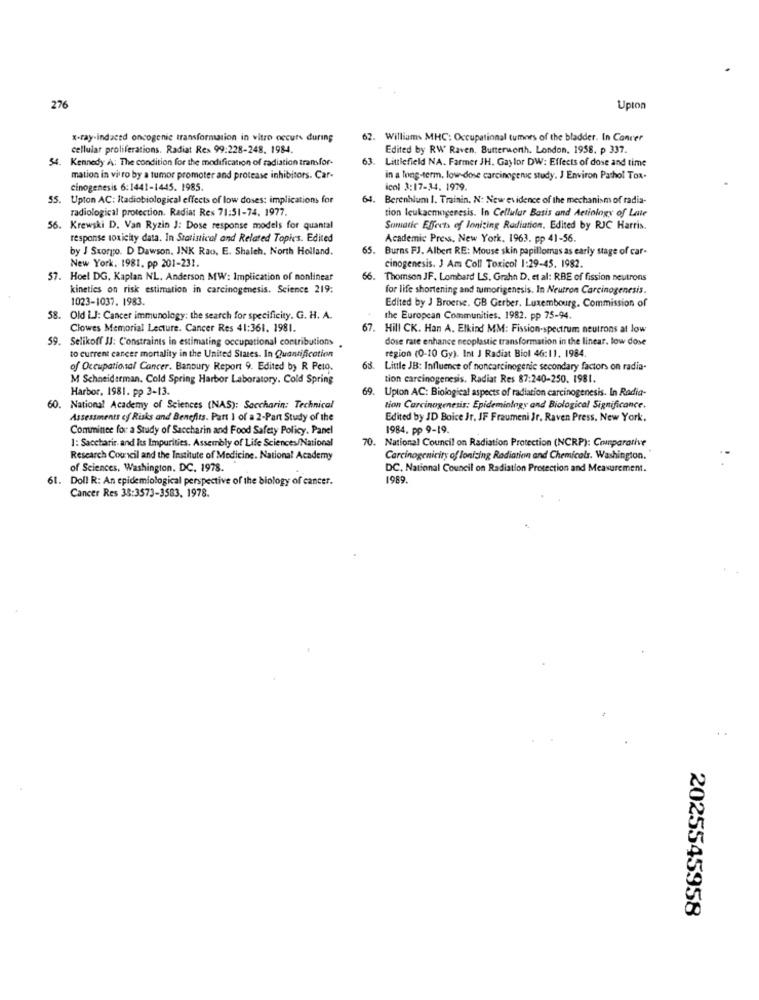
276
Upton
x-ray-induced oncogenic transformation in vitro occurs during
62. Williams MHC: Occupational tumors of the bladder. In Concer
cellular proliferations. Radiat Rex 99:228-248. 1984.
Edited by RW Raven, Butterworth. London, 1958. p 337.
54. Kennedy A: The condition for the modification of radiation transfor-
63.
Littlefield NA. Farmer JH. Gaylor DW: Effects of dose and time
mation in vitro by a tumor promoter and protease inhibitors. Car-
in a long-term, low-dose carcinogenic study. J Environ Pathol Tox.
cinogenesis 6:1441-1445. 1985.
icol 3:17-34. 1979.
55. Upton AC: Radiobiological effects of low doses: implications for
64.
Berenhlum I. Trainin. N: New evidence of the mechanism of radia-
radiological protection. Radiat Res 71:51-74. 1977.
tion leukacmogenesis. In Cellular Basis and Actiology of Late
56. Krewski D. Van Ryzin J: Dose response models for quantal
Somatic Effects of Ionizing Radiation, Edited by RJC Harris.
response toxicity data. In Statistical and Related Topics. Edited
Academic Press, New York. 1963. pp 41-56.
by J Storo. D Dawson, JNK Rao. E. Shaich, North Holland.
65.
Burns FJ. Albert RE: Mouse skin papillomas as early stage of car-
cinogenesis. J Am Coll Toxicol 1:29-45. 1982.
New York. 1981. pp 201-231.
57. Hoel DG. Kaplan NL. Anderson MW: Implication of nonlinear
66.
Thomson JF. Lombard LS, Grahn D. et al: RBE of fission neutrons
kinetics on risk estimation in carcinogenesis. Science 219:
for life shortening and tumorigenesis. In Neutron Carcinogenesis.
1023-1037. 1983.
Edited by J Broense. GB Gerber, Luxembourg. Commission of
58. Old I.J: Cancer immunology: the search for specificity. G. H. A.
the European Communities. 1982. pp 75-94.
Clowes Memorial Lecture. Cancer Res 41:361. 1981.
. Hill CK. Han A. Elkind MM: Fission-spectrum neutrons at low
59.
Selikoff JJ: Constraints in estimating occupational contributions
dose rate enhance neoplastic transformation in the linear. low dose
region (0-10 Gy). Int J Radiat Biol 46:11. 1984.
to current cancer mortality in the United States. In Quantification
of Occupational Cancer. Banbury Report 9. Edited by R Pelo.
63
Little JB: Influence of noncarcinogenic secondary factors on radia-
M Schneiderman. Cold Spring Harbor Laboratory. Cold Spring
tion carcinogenesis. Radiat Res 87:240-250. 1981.
Harbor. 1981. pp 3-13.
69.
Upton AC: Biological aspects of radiation carcinogenesis. In Radia-
60. National Academy of Sciences (NAS): Saccharin: Technical
tion Carcinogenesis: Epidemiology and Biological Significance.
Assessments cf Risks and Benefits. Part I of a 2-Part Study of the
Edited by JD Boice Jr. IF Fraumeni Jr. Raven Press, New York.
Comminee for: a Study of Saccharin and Food Safety Policy. Panel
1984. pp 9-19.
1: Saccharir. and Its Impurities. Assembly of Life Sciences/National
. National Council on Radiation Protection (NCRP): Comparative
Research Council and the Institute of Medicine. National Academy
Carcinogenicity of lonizing Radiation and Chemicals. Washington.
of Sciences, Washington, DC. 1978.
DC, National Council on Radiation Protection and Measurement.
61.
Doll R: An epidemiological perspective of the biology of cancer.
1989.
Cancer Res 38:3573-3583. 1978.
2025545958